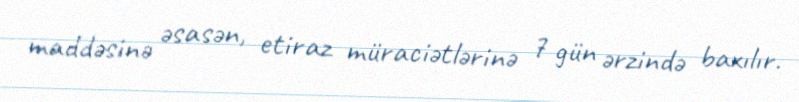
maddəsinə əsasən, etiraz müraciətlərinə 7 gün ərzində baxılır.